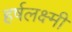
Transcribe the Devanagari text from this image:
हर्षलक्ष्मी